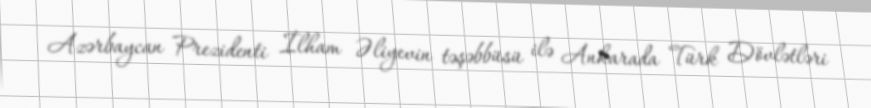
Azərbaycan Prezidenti İlham Əliyevin təşəbbüsü ilə Ankarada Türk Dövlətləri